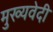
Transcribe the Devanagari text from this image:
मुख्यवेदी